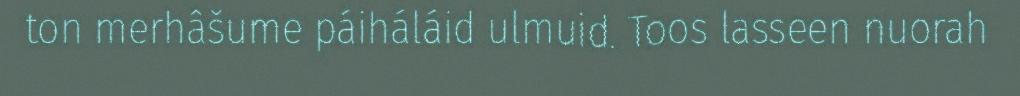
ton merhâšume páiháláid ulmuid. Toos lasseen nuorah